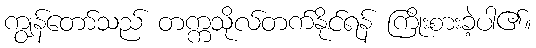
ကျွန်တော်သည် တက္ကသိုလ်တက်နိုင်ရန် ကြိုးစားခဲ့ပါ၏။